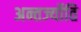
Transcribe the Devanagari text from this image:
अन्तर्ज्योति